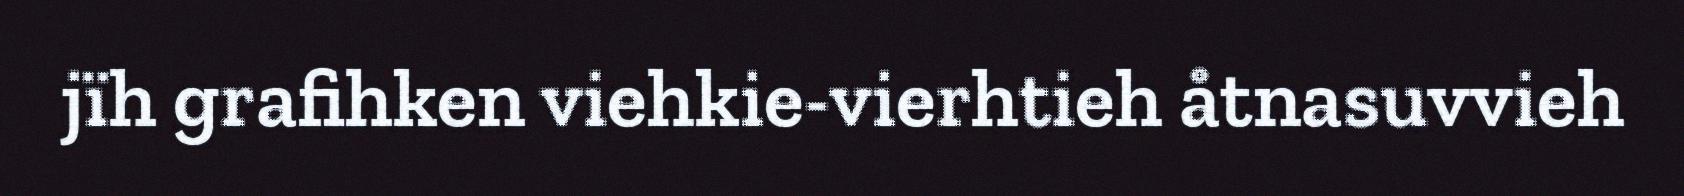
jïh grafihken viehkie-vierhtieh åtnasuvvieh